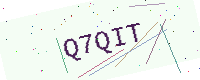
Text: Q7QIT